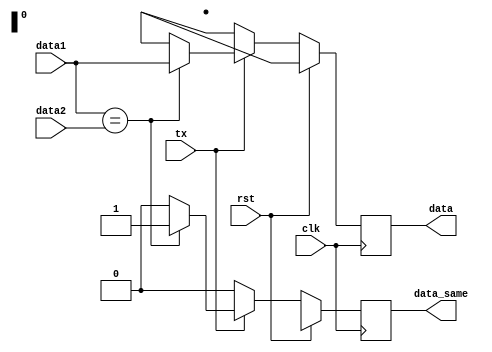
/*
  Author : Rakotojaona Nambinina
  email : Andrianoelisoa.Rakotojaona@gmail.com
  Description : Comparator code that compare two signal data1 and data2 when tx signal is 1
*/

module compare (
       clk,
       rst,
       tx,
       data1,
       data2,
       data,
       data_same
       );
  // parameter 
  parameter DATAWIDTH = 32;
  // input port 
  input clk;
  input rst;
  input tx;
  input [DATAWIDTH-1:0] data1;
  input [DATAWIDTH-1:0] data2;
  // output port 
  output reg [DATAWIDTH-1:0] data;
  output reg data_same;
  
  //execute every positive edge clk
  always @ (posedge clk)
    begin
      if (rst)
        begin
          data_same <=1'bx;
          data <= 32'dx;
        end
      else
        begin
          if (tx)
            begin
              if (data1 ==data2)
                begin
                  data <= data1;
                  data_same <= 1;
                end
              else
                begin
                  data <= 32'dx;
                  data_same <= 0;
                end 
            end
          else
            begin
              data <=32'dx;
              data_same <= 0;
            end 
        end 
    end 
  
endmodule

/*
Simulation code for comparator module

module test1(

    );
  // parameter 
  parameter DATAWIDTH = 32;
  // input port 
  reg clk;
  reg rst;
  reg tx;
  reg [DATAWIDTH-1:0] data1;
  reg [DATAWIDTH-1:0] data2;
  // output port 
  wire  [DATAWIDTH-1:0] data;
  wire  data_same;
  
    compare uut (
       clk,
       rst,
       tx,
       data1,
       data2,
       data,
       data_same
       );
       
  initial
    begin
      clk =0;
      rst =1;
      tx =0;
      data1 = 32'd1;
      data2 = 32'd2;
      #10 
      rst =0;
      #100 
      data2= 32'd1;
      tx=1;
    end 
  always 
    begin
      #5 clk = ! clk;
    end 

endmodule


*/